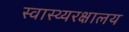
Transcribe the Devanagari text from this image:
स्वास्थ्यरक्षालय